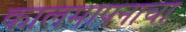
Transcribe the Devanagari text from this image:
कालमापनाचा